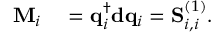
\begin{array} { r l } { \mathbf { M } _ { i } } & { { } = \mathbf { q } _ { i } ^ { \dagger } \mathbf { d } \mathbf { q } _ { i } = \mathbf { S } _ { i , i } ^ { ( 1 ) } . } \end{array}